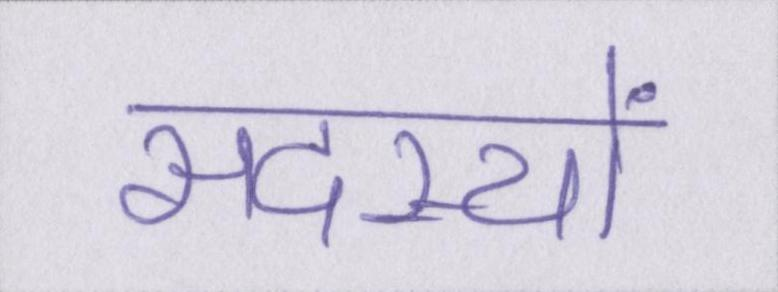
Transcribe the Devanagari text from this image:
सदस्यों